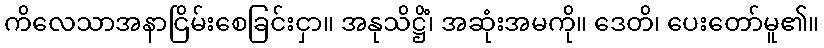
ကိလေသာအနာငြိမ်းစေခြင်းငှာ။ အနုသိဋ္ဌိံ၊ အဆုံးအမကို။ ဒေတိ၊ ပေးတော်မူ၏။